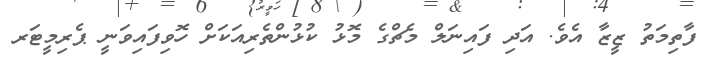
ފާތިމަތު ޒީޒާ އެވެ. އަދި ފައިނަލް މެޗްގެ މޮޅު ކުޅުންތެރިއަކަށް ހޮވިފައިވަނީ ޕެރިމީޓަރ